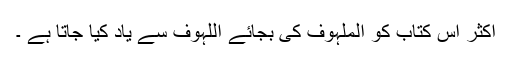
اکثر اس کتاب کو الملہوف کی بجائے اللہوف سے یاد کیا جاتا ہے ۔